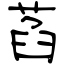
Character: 萏